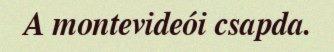
A montevideói csapda.